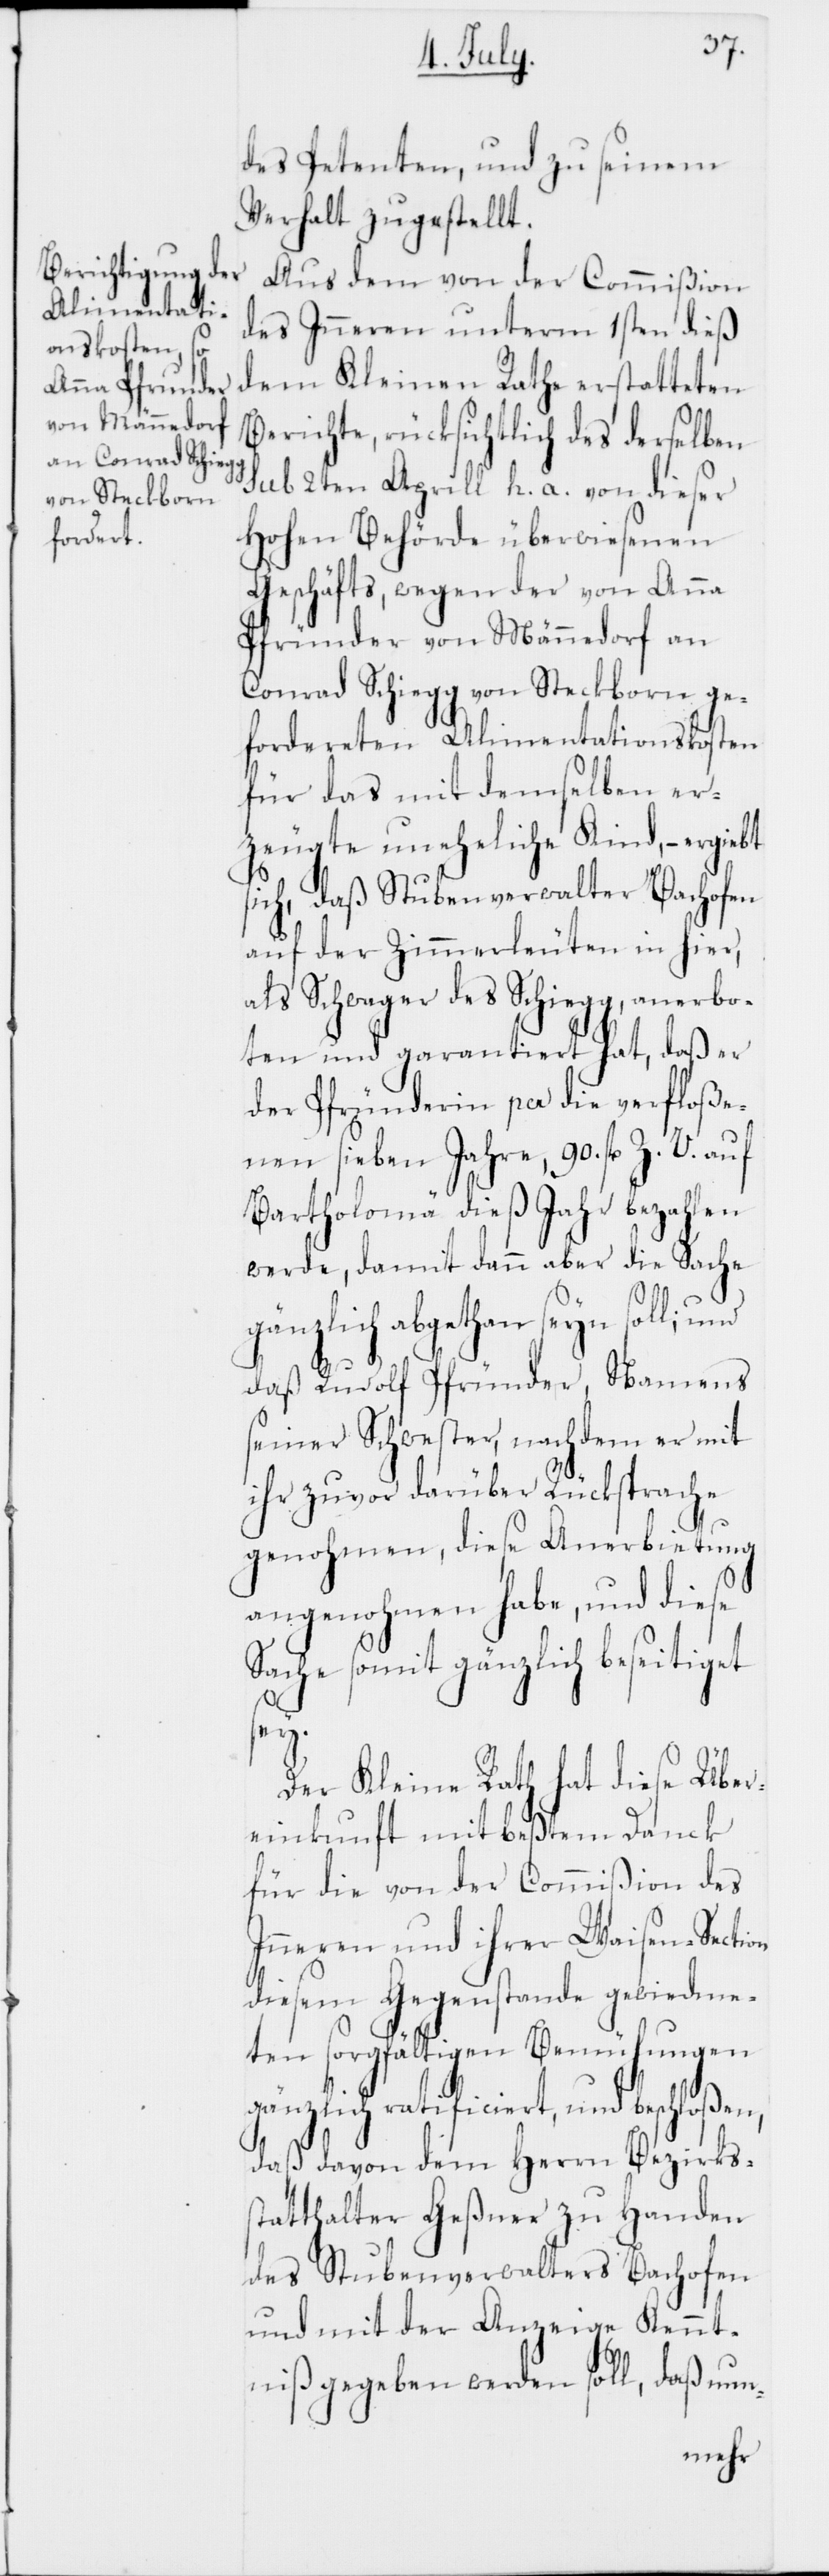
na Pfründer
von Männedorf

des Petenten, und zu seinem
Verhalt zugestellt.
Aus dem von der Commißion
des Inneren unterm 1sten dieß
dem Kleinen Rathe erstatteten
Berichte, rücksichtlich des derselben
sub 2ten Aprill h. a. von dieser
Hohen Behörde überwiesenen
Geschäfts, wegen der von An¬
Conrad Schiegg von Steckborn ge¬
fordereten Alimentationskosten
für das mit demselben er¬
zeugte uneheliche Kind, – ergiebt
sich, daß Stubenverwalter Bachofen
auf der Zimmerleuten in hier,
als Schwager des Schiegg, anerbo¬
ten und garantiert hat, daß er
der Pfründerin per die verfloße¬
nen sieben Jahre, 90. fl. Z. V. auf
Bartholomä dieß Jahr bezahlen
werde, damit dann aber die Sache
gänzlich abgethan seyn soll;
daß Rudolf Pfründer, Namens
seiner Schwester, nachdem er mit
ihr zuvor darüber Rücksprache
genohmen, diese Anerbietung
angenohmen habe, und
iget
Sache somit gänzlich bes¬
sey.
Der Kleine Rath hat diese Über¬
einkunft mit beßtem Dank
für die von der Commißion des
Inneren und ihrer Waisen-Section
diesem Gegenstande gewiedme¬
ten sorgfältigen Bemühungen
gänzlich ratificiert, und beschloßen,
daß davon dem Herrn Bezirkss¬
tatthalter Geßner zu Handen
des Stubenverwalters Bachofen
und mit der Anzeige Kennt¬
niß gegeben werden soll, daß nun-